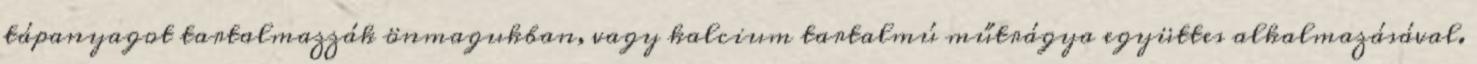
tápanyagot tartalmazzák önmagukban, vagy kalcium tartalmú műtrágya együttes alkalmazásával.